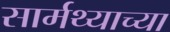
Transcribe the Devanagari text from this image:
सार्मथ्याच्या